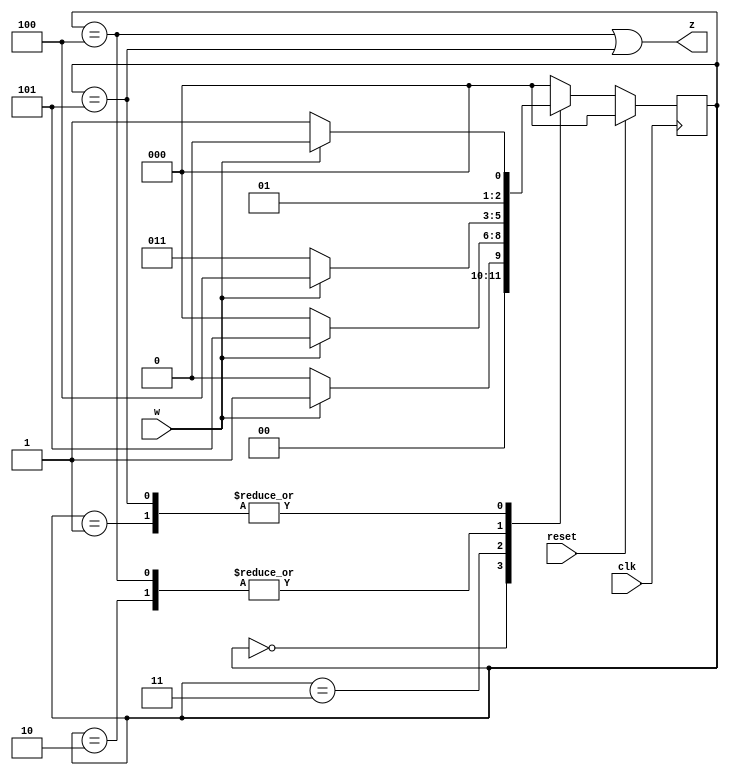
module top_module (
    input clk,
    input reset,   // Synchronous active-high reset
    input w,
    output z
);
    parameter A = 3'd0, B = 3'd1, C = 3'd2;
    parameter D = 3'd3, E = 3'd4, F = 3'd5;
    
    reg [2:0] state,next_state;

    always @(posedge clk) begin
        if(reset)  state<=A;
        else       state<=next_state;
    end
    
    always@(*)begin
        case(state)
            A:             next_state = w ? B : A;
            B:             next_state = w ? C : D;
            C:             next_state = w ? E : D;
            D:             next_state = w ? F : A;
            E:             next_state = w ? E : D; 
            F:             next_state = w ? C : D;
            default:       next_state = A;
        endcase
    end
    
    assign z=(state==E)||(state==F);

endmodule